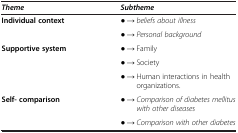
| Theme | Subtheme |
 | --- | --- |
 | <ROWSPAN=2> Individual context | ● → beliefs about illness |
 | ● → Personal background |
 | <ROWSPAN=3> Supportive system | ● → Family |
 | ● → Society |
 | ● → Human interactions in health organizations. |
 | <ROWSPAN=2> Self- comparison | ● → Comparison of diabetes mellitus with other diseases |
 | ● → Comparison with other diabetes |